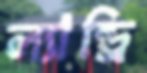
ল্যান্ড্রি